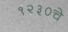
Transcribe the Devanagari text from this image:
१२३०चे